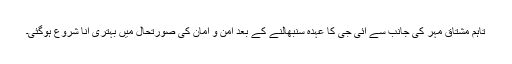
تاہم مشتاق مہر کی جانب سے آئی جی کا عہدہ سنبھالنے کے بعد امن و امان کی صورتحال میں بہتری آنا شروع ہوگئی۔